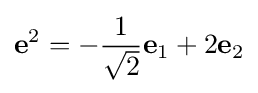
\mathbf {e} ^{2}=-{\frac {1}{\sqrt {2}}}\mathbf {e} _{1}+2\mathbf {e} _{2}